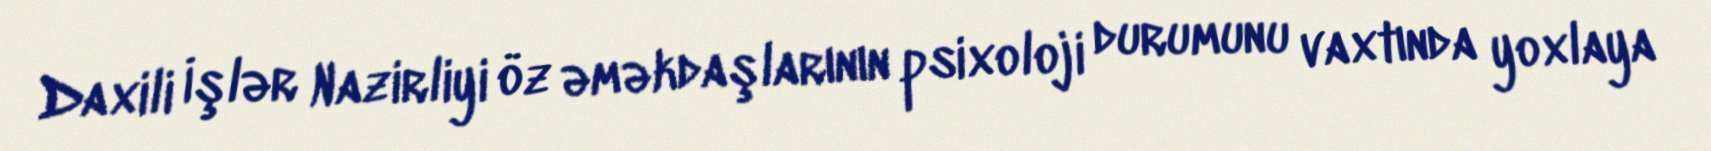
Daxili İşlər Nazirliyi öz əməkdaşlarının psixoloji durumunu vaxtında yoxlaya